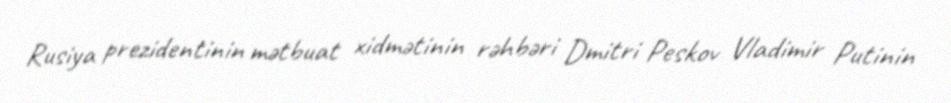
Rusiya prezidentinin mətbuat xidmətinin rəhbəri Dmitri Peskov Vladimir Putinin